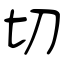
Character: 切